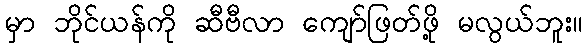
မှာ ဘိုင်ယန်ကို ဆီဗီလာ ကျော်ဖြတ်ဖို့ မလွယ်ဘူး။